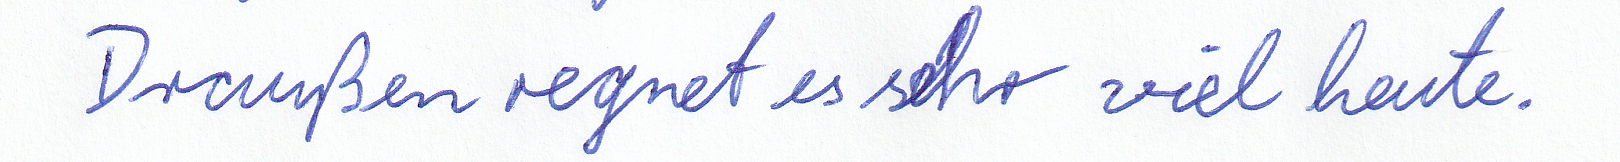
Draußen regnet es sehr viel heute.